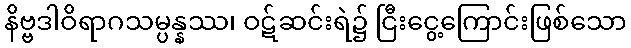
နိဗ္ဗဒါဝိရာဂသမ္ပန္နဿ၊ ဝဋ်ဆင်းရဲ၌ ငြီးငွေ့ကြောင်းဖြစ်သော